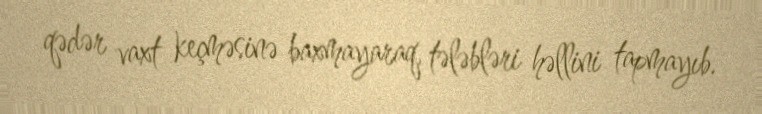
qədər vaxt keçməsinə baxmayaraq, tələbləri həllini tapmayıb.